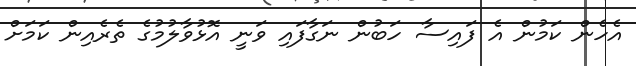
އެހެން ކަމުން އެ ފައިސާ ހަބުން ނަގާފައި ވަނީ އޮޅުވާލުމުގެ ތެރެއިން ކަމަށް